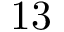
1 3